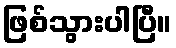
ဖြစ်သွားပါပြီ။